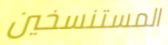
المستنسخين